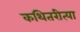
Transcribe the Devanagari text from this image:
कथितरीत्या